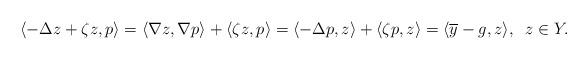
\begin{align*}\langle -\Delta z+\zeta z, p \rangle = \langle \nabla z, \nabla p \rangle + \langle\zeta z, p \rangle= \langle -\Delta p, z \rangle+ \langle\zeta p, z \rangle= \langle \overline{y}-g, z \rangle, \;\; z\in Y. \end{align*}